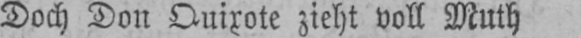
Doch Don Quixote zieht voll Muth